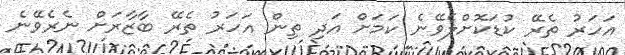
އަހަރު ތެރޭ ކުޑަކޮށްލެވޭނެ ކަމަށް އަދި ތިން އަހަރު ތެރޭ ބާޒާރަށް ނެރެވޭނެ